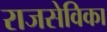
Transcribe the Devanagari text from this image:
राजसेविका